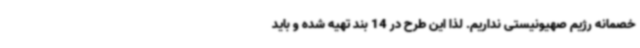
خصمانه رژیم صهیونیستی نداریم. لذا این طرح در 14 بند تهیه شده و باید